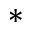
\ast